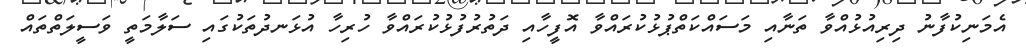
އެމަނިކުފާނު ދިރިއުޅުއްވާ ތަނާއި މަސައްކަތްޕުޅުކުރައްވާ އޮފީހާއި ދަތުރުފުޅުކުރައްވާ ހުރިހާ އުޅަނދުތަކުގައި ސަލާމަތީ ވަސީލަތްތައް